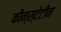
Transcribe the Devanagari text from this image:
कौन्स्टेटीन